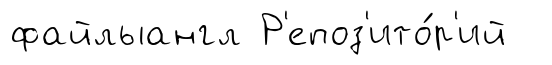
файлыангл Р'епоз'ито́р'ий